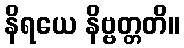
နိရယေ နိဗ္ဗတ္တတိ။